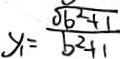
y _ { 1 } = \frac { \sqrt { b ^ { 2 } + 1 } } { b ^ { 2 } + 1 }